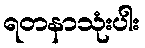
ရတနာသုံးပါး